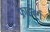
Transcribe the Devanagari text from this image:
फ्राईबर्ग